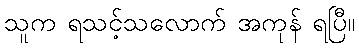
သူက ရသင့်သလောက် အကုန် ရပြီ။